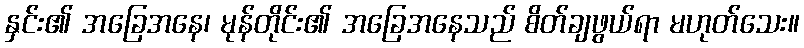
နှင်း၏ အခြေအနေ၊ မုန်တိုင်း၏ အခြေအနေသည် စိတ်ချဖွယ်ရာ မဟုတ်သေး။